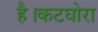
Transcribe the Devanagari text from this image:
है।कटघोरा